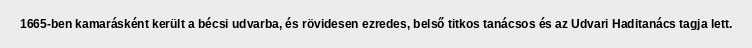
1665-ben kamarásként került a bécsi udvarba, és rövidesen ezredes, belső titkos tanácsos és az Udvari Haditanács tagja lett.